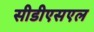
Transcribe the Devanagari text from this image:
सीडीएसएल